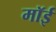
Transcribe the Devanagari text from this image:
मॉई